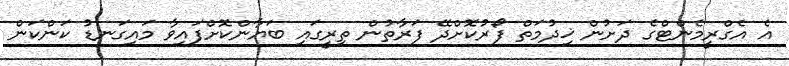
އެ އެގްރީމެންޓްގެ ދަށުން ޚިދުމަތް ފޯރުކޮށްދޭ ފަރާތުން ތިރީގައި ބަޔާންކޮށްފައިވާ މައިގަނޑު ކަންކަން